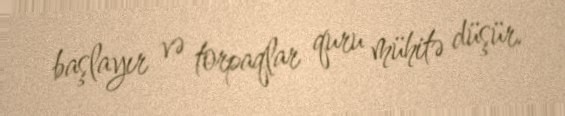
başlayır və torpaqlar quru mühitə düşür.